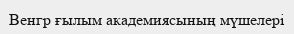
Венгр ғылым академиясының мүшелері